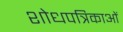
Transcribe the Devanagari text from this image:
शोधपत्रिकाओं